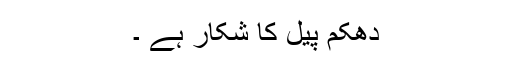
دھکم پیل کا شکار ہے ۔